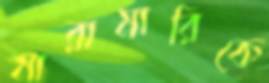
মারামারিকে